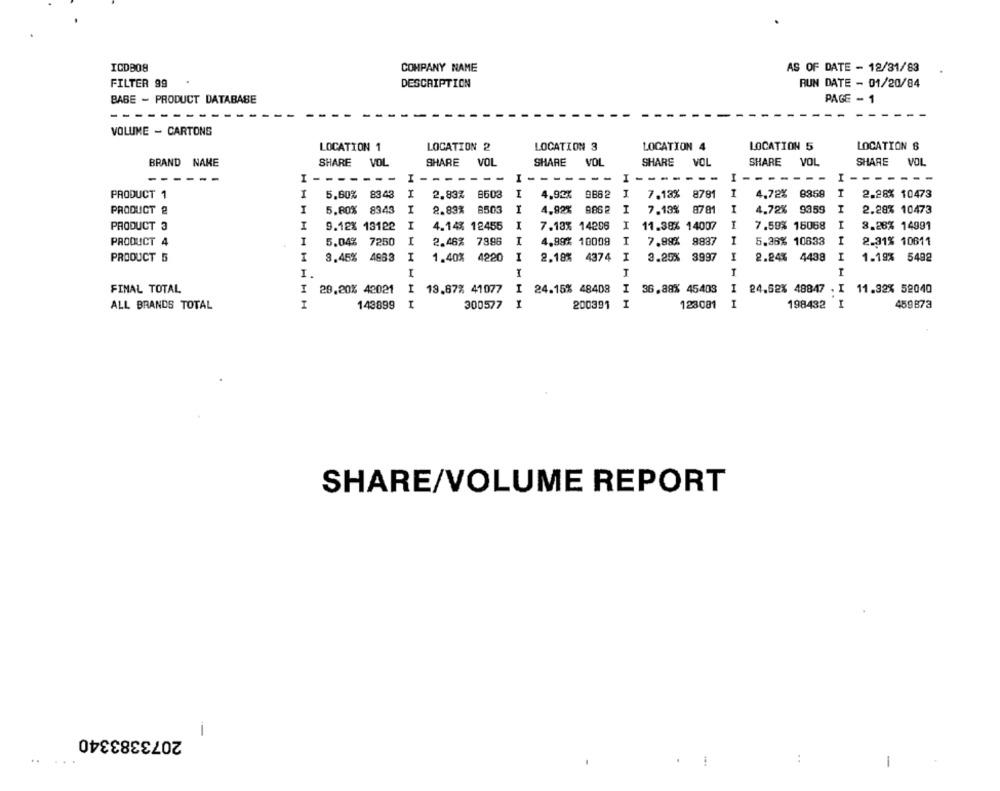
ICDB08
COMPANY NAME
AS OF DATE - 12/31/83
FILTER 99
DESCRIPTION
RUN DATE - 01/20/84
BABE - PRODUCT DATABASE
PAGE - 1
VOLUME - CARTONS
LOCATION 1
LOCATION 2
LOCATION 3
LOCATION 4
LOCATION 5
LOCATION 8
BRAND NAME
SHARE
VOL
SHARE
VOL
SHARE
VOL
SHARE
VOL
SHARE
VOL
SHARE
VOL
------
I -
---
I -
-
I -
-
I --
---
I --
--
I-
PRODUCT 1
5.60% 8343
I
2.83% 8603
I
4.92% 9862
I
7.13%
8781
I
4.72% 8359
2.28% 10473
PRODUCT @
I
5.80% 8343
I
2.83% 8503
I
4.92% 9862
I
7.13%
8781
I
4.72% 9359
I
2.28% 10473
PRODUCT 3
I
9.12% 13122
I
4.14% 12455
I
7.13% 14286
I
11.38% 14007
7.59% 15068
I
8.28% 14991
PRODUCT 4
4
I
5.04% 7250
I
2.46% 7896
I
4.99% 10009
I
7.99%
9887
I
5.36% 10633
I
2.31% 10611
PRODUCT 5
8.45% 4663
1.40% 4220
I
2.18% 4374
I
3.25%
3997
I
2.24% 4438
I
1.19% 5492
I
I
I
T
FINAL TOTAL
29.20% 42021
I
18.87% 41077
I
24.15% 48408
I
36,88% 45403
I
24.62% 48847 . I
11.32% 52040
ALL BRANDS TOTAL
I
143899
I
300577
1
200391
I
123081
I
198432 I
459873
SHARE/VOLUME REPORT
2073383340
1
:
1